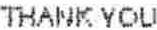
THANK YOU